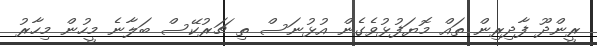
ރީންދޫ ފާދިރިން ތައް މޮޔަފުޅުވެގެން އުޅުނަސް ތި ޗަރުކޭސް ބަލާނެ މީހުން މިހާރު